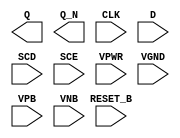
module sky130_fd_sc_hd__sdfrbp (
    Q      ,
    Q_N    ,
    CLK    ,
    D      ,
    SCD    ,
    SCE    ,
    RESET_B,
    VPWR   ,
    VGND   ,
    VPB    ,
    VNB
);

    output Q      ;
    output Q_N    ;
    input  CLK    ;
    input  D      ;
    input  SCD    ;
    input  SCE    ;
    input  RESET_B;
    input  VPWR   ;
    input  VGND   ;
    input  VPB    ;
    input  VNB    ;
endmodule